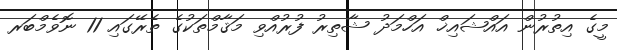
މީގެ އިތުރުން އައްޝައިޚް އަހްމަދު ޝާތިރު ފުރުއްވި މަޤާމްތަކުގެ ތެރޭގައި 11 ނޮވެމްބަރ